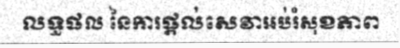
លទ្ធផល នៃការផ្តល់សេវាអប់រំសុខភាព